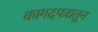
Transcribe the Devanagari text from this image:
कागदपत्रातून